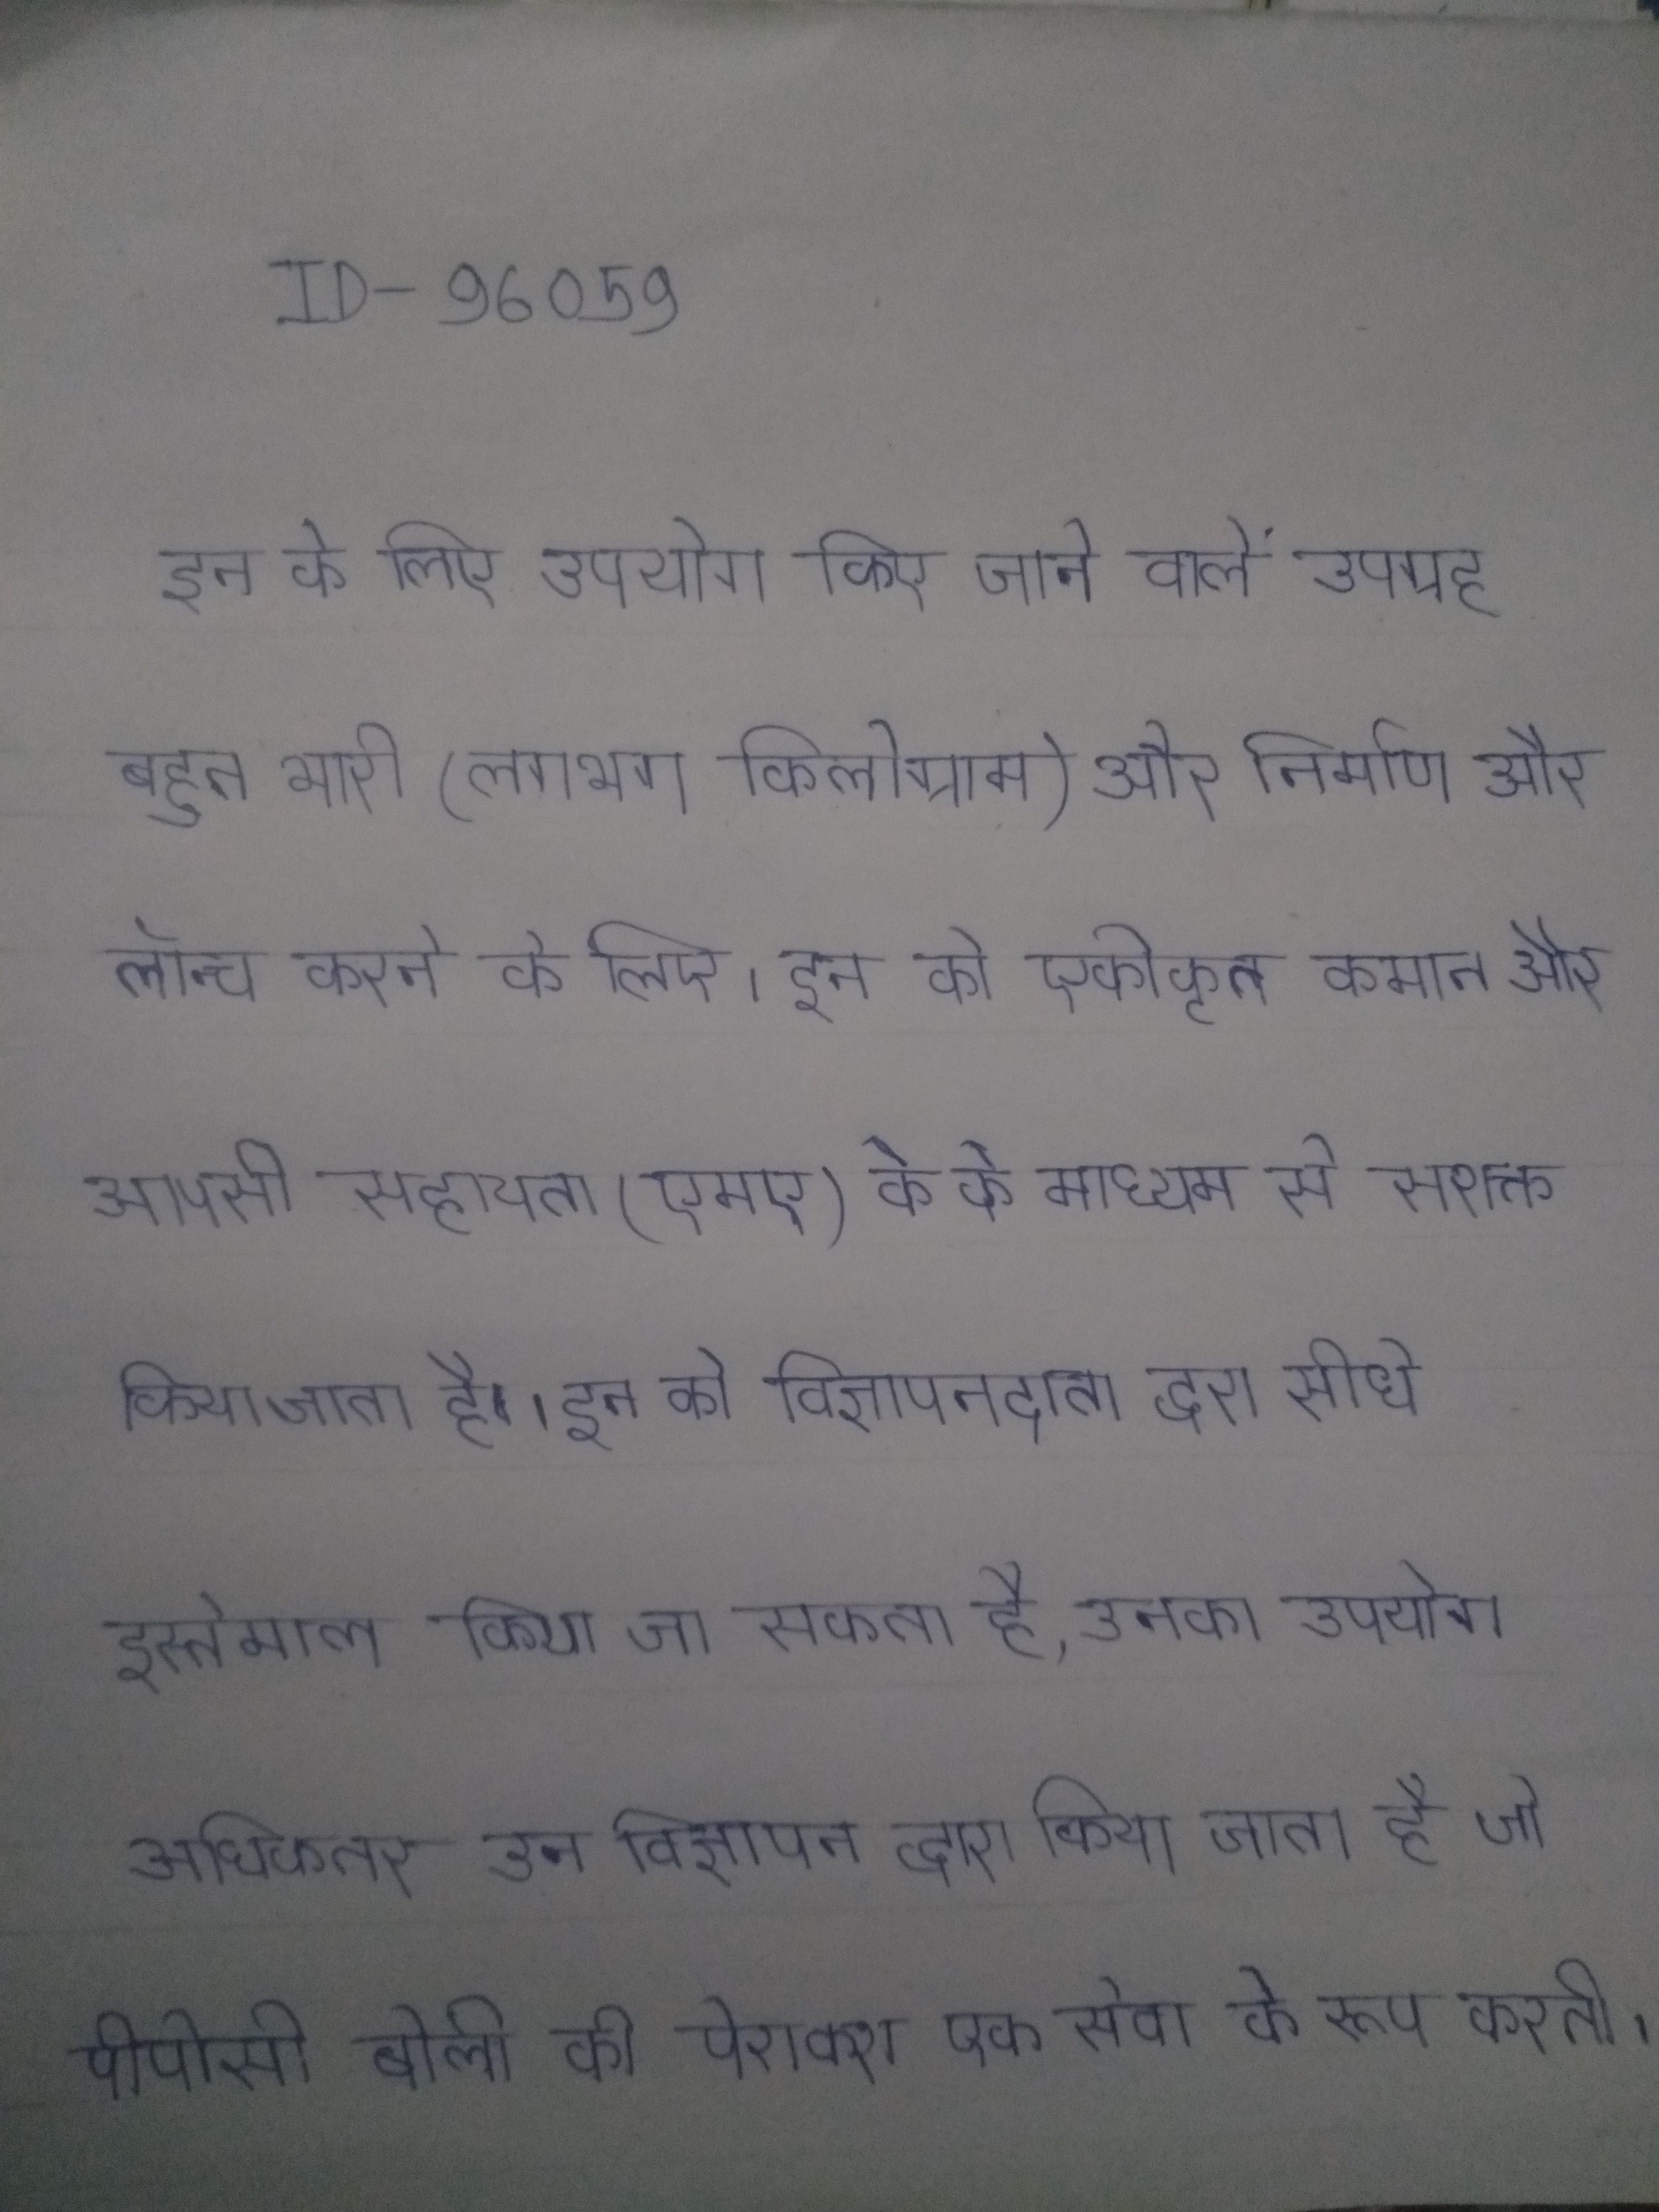
इन के लिए उपयोग किए जाने वाले उपग्रह बहुत भारी (लगभग किलोग्राम) और निर्माण और लॉन्च करने के लिए । इन को एकीकृत कमान और आपसी सहायता (एमए) के के माध्यम से सशक्त किया जाता है । इन को विज्ञापनदाता द्वारा सीधे इस्तेमाल किया जा सकता है, उनका उपयोग अधिकतर उन विज्ञापन द्वारा किया जाता है जो पीपीसी बोली की पेशकश एक सेवा के रूप करती ।